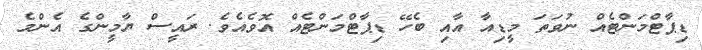
ޑިޕާޓްމަންޓެއް ނުވަތަ މީޑިއާ އާއި ބެހޭ ޑިޕާޓްމަންޓެއް އޮވެއެވެ. ރައީސް ޔާމީންގެ އެންމެ